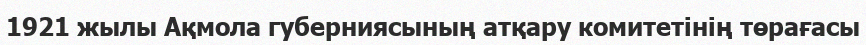
1921 жылы Ақмола губерниясының атқару комитетінің төрағасы